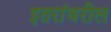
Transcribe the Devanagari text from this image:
इतरांवरील